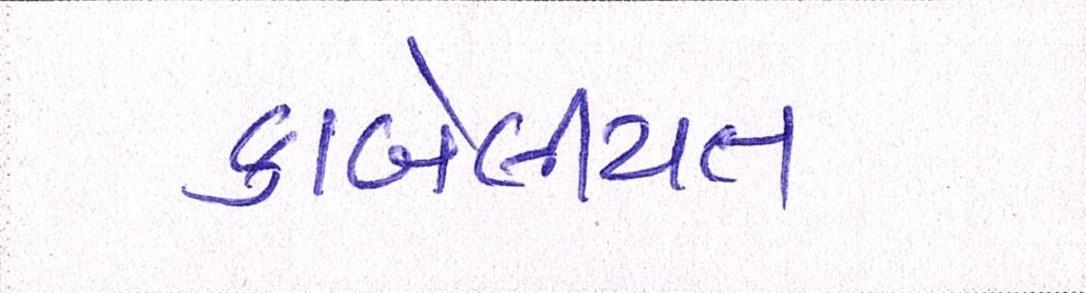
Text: કાબેલીયત